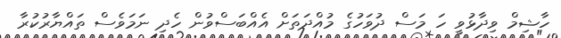
ހާޝިމް ވިދާޅުވީ ހަ މަސް ދުވަހުގެ މުއްދަތަށް އެއްބަސްވުން ހެދި ނަމަވެސް ތައްޔާރުކުރާ